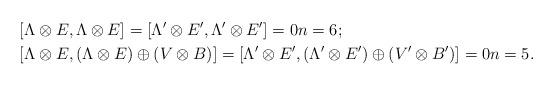
LaTeX: \begin{align*} & [\Lambda\otimes E,\Lambda\otimes E]=[\Lambda'\otimes E',\Lambda'\otimes E']=0n=6;\\ & [\Lambda\otimes E,(\Lambda\otimes E)\oplus(V\otimes B)]=[\Lambda'\otimes E',(\Lambda'\otimes E')\oplus(V'\otimes B')]=0n=5. \end{align*}